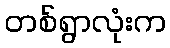
တစ်ရွာလုံးက